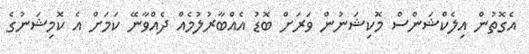
އެގޮތުން އިލެކްޝަންސް މޮކިޝަނުން ވަރަށް ބޮޑު އެއްބާރުލުމެއް ދެއްވާނޭ ކަމަށް އެ ކޮމިޝަނުގެ